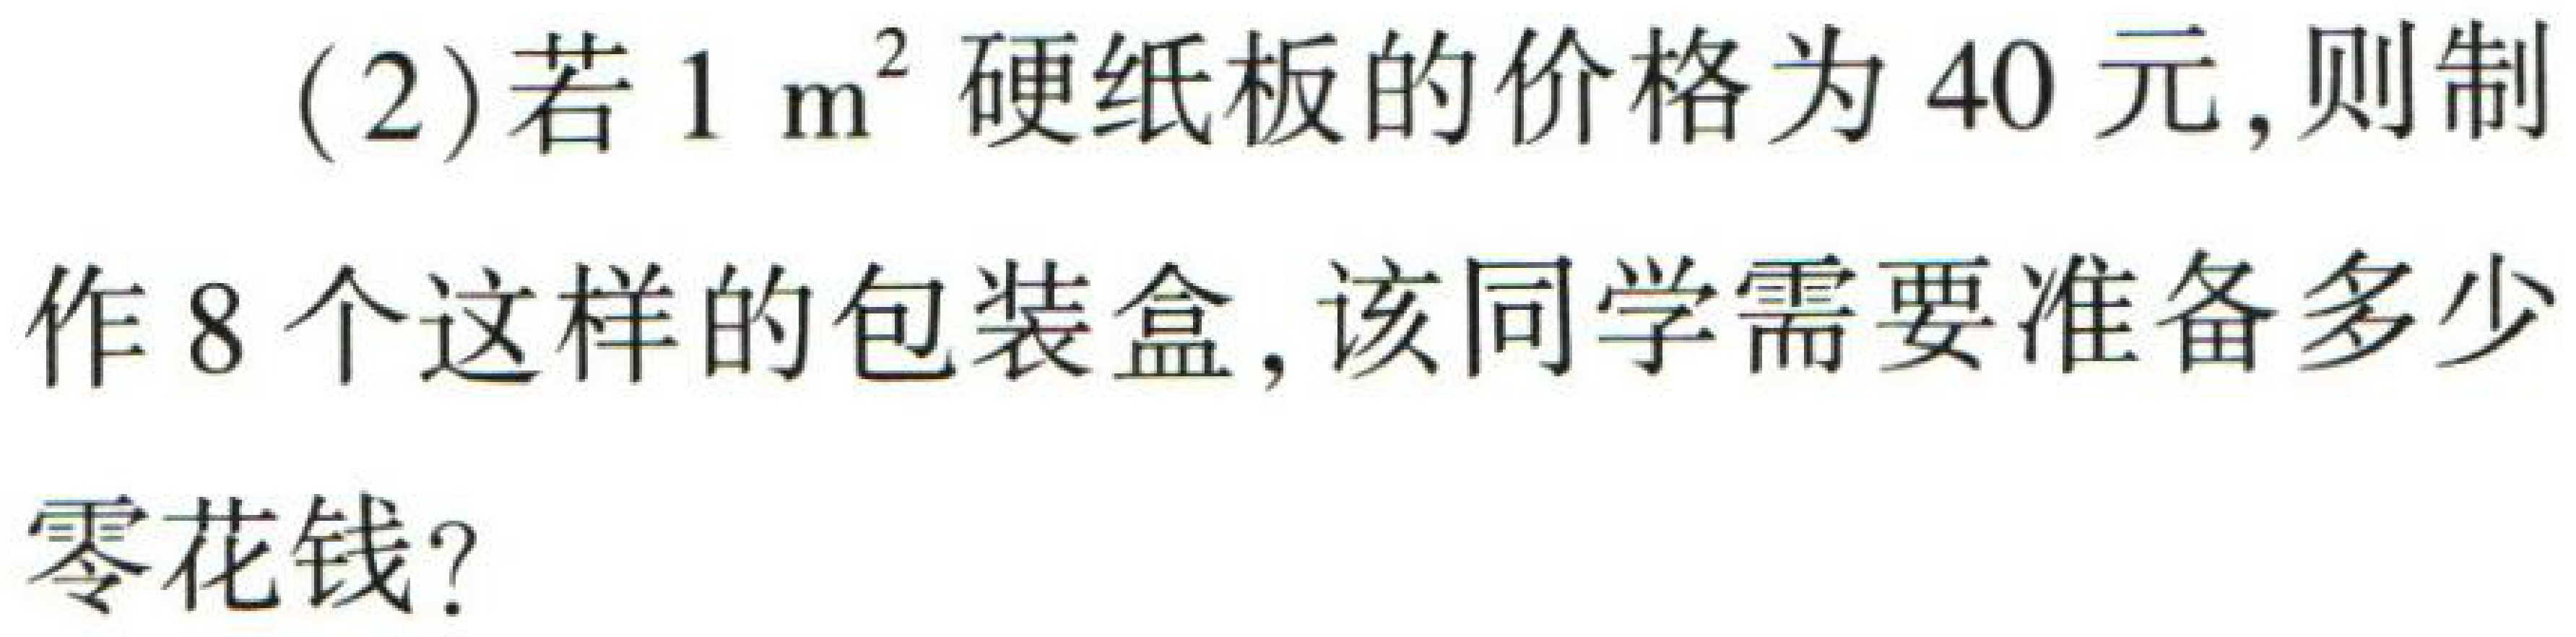
(2)若\(1\mathrm{ m}^{2}\)硬纸板的价格为\(40\)元，则制作\(8\)个这样的包装盒，该同学需要准备多少零花钱？